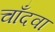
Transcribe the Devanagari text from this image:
चाँदवा